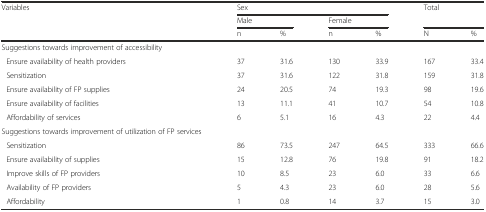
| <ROWSPAN=2> Variables | <COLSPAN=4> Sex | <ROWSPAN=2-COLSPAN=2> Total |
 | <COLSPAN=2> Male | <COLSPAN=2> Female |
 |  | n | % | n | % | N | % |
 | --- | --- | --- | --- | --- | --- | --- |
 | Suggestions towards improvement of accessibility |  |  |  |  |  |  |
 | Ensure availability of health providers | 37 | 31.6 | 130 | 33.9 | 167 | 33.4 |
 | Sensitization | 37 | 31.6 | 122 | 31.8 | 159 | 31.8 |
 | Ensure availability of FP supplies | 24 | 20.5 | 74 | 19.3 | 98 | 19.6 |
 | Ensure availability of facilities | 13 | 11.1 | 41 | 10.7 | 54 | 10.8 |
 | Affordability of services | 6 | 5.1 | 16 | 4.3 | 22 | 4.4 |
 | Suggestions towards improvement of utilization of FP services |  |  |  |  |  |  |
 | Sensitization | 86 | 73.5 | 247 | 64.5 | 333 | 66.6 |
 | Ensure availability of supplies | 15 | 12.8 | 76 | 19.8 | 91 | 18.2 |
 | Improve skills of FP providers | 10 | 8.5 | 23 | 6.0 | 33 | 6.6 |
 | Availability of FP providers | 5 | 4.3 | 23 | 6.0 | 28 | 5.6 |
 | Affordability | 1 | 0.8 | 14 | 3.7 | 15 | 3.0 |